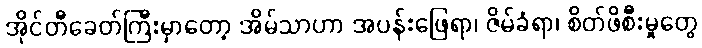
အိုင်တီခေတ်ကြီးမှာတော့ အိမ်သာဟာ အပန်းဖြေရာ၊ ဇိမ်ခံရာ၊ စိတ်ဖိစီးမှုတွေ